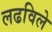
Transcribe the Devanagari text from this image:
लढविले